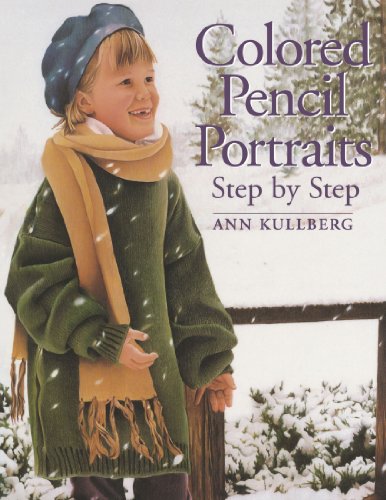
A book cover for Colored Pencil Portraits; Ann Kullberg; Arts & Photography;